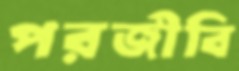
পরজীবি